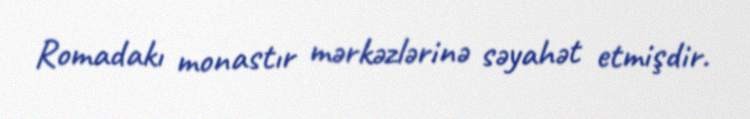
Romadakı monastır mərkəzlərinə səyahət etmişdir.